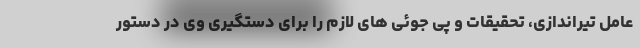
عامل تیراندازی، تحقیقات و پی جوئی های لازم را برای دستگیری وی در دستور